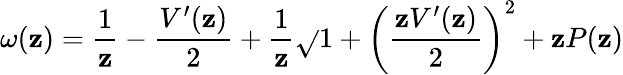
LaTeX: \omega(\mathbf{z})=\frac{{1}}{{\mathbf{z}}}-\frac{{V^{\prime}(\mathbf{z})}}{{2}}+\frac{{1}}{{\mathbf{z}}}\sqrt{}{{1+\left(\frac{{\mathbf{z}V^{\prime}(\mathbf{z})}}{{2}}\right)^{2}+\mathbf{z}P(\mathbf{z})}}